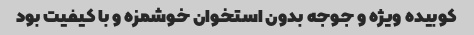
کوبیده ویژه و جوجه بدون استخوان خوشمزه و با کیفیت بود